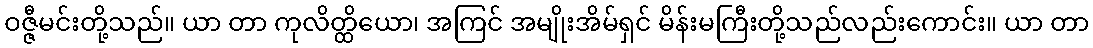
ဝဇ္ဇီမင်းတို့သည်။ ယာ တာ ကုလိတ္ထိယော၊ အကြင် အမျိုးအိမ်ရှင် မိန်းမကြီးတို့သည်လည်းကောင်း။ ယာ တာ